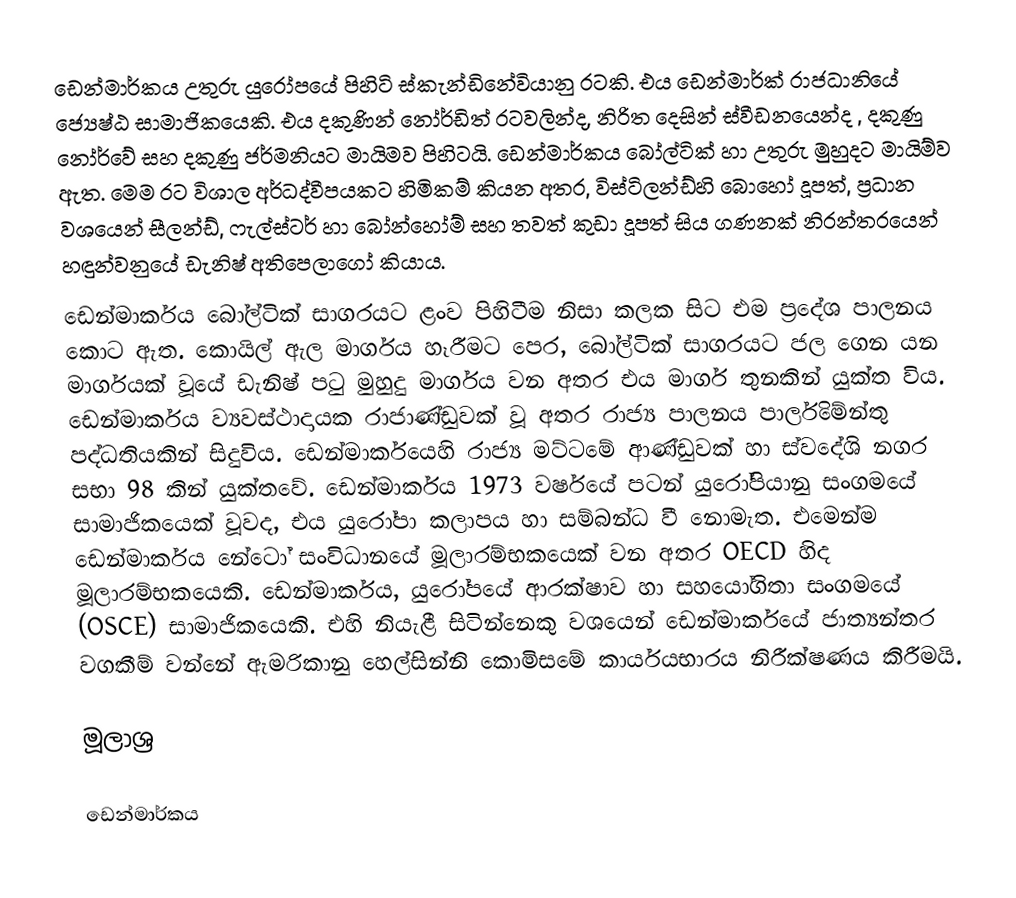
ඩෙන්මාර්කය උතුරු යුරෝපයේ පිහිටි ස්කැන්ඩිනේවියානු රටකි. එය ඩෙන්මාර්ක් රාජධානියේ ජ්‍යෙෂ්ඨ සාමාජිකයෙකි. එය දකුණින් නෝර්ඩිත් රටවලින්ද, නිරිත දෙසින් ස්වීඩනයෙන්ද , දකුණු නෝර්වේ සහ දකුණු ජර්මනියට මායිමව පිහිටයි. ඩෙන්මාර්කය බෝල්ටික් හා උතුරු මුහුදට මායිම්ව ඇත. මෙම රට විශාල අර්ධද්වීපයකට හිමිකම් කියන අතර, විස්ටිලන්ඩ්හි බොහෝ දූපත්, ප්‍රධාන වශයෙන් සීලන්ඩ්, ෆැල්ස්ටර් හා බෝන්හෝම් සහ තවත් කුඩා දූපත් සිය ගණනක් නිරන්තරයෙන් හඳුන්වනුයේ ඩැනිෂ් අතිපෙලාගෝ කියාය.
ඩෙන්මාර්කය බෝල්ටික් සාගරයට ළංව පිහිටීම නිසා කලක සිට එම ප්‍රදේශ පාලනය කොට ඇත. කොයිල් ඇල මාර්ගය හෑරීමට පෙර, බෝල්ටික් සාගරයට ජල ගෙන යන මාර්ගයක් වූයේ ඩැනිෂ් පටු මුහුදු මාර්ගය වන අතර එය මාර්ග තුනකින් යුක්ත විය. ඩෙන්මාර්කය ව්‍යවස්ථාදායක රාජාණ්ඩුවක් වූ අතර රාජ්‍ය පාලනය පාර්ලිමේන්තු පද්ධතියකින් සිදුවිය. ඩෙන්මාර්කයෙහි රාජ්‍ය මට්ටමේ ආණ්ඩුවක් හා ස්වදේශි නගර සභා 98 කින් යුක්තවේ. ඩෙන්මාර්කය 1973 වර්ෂයේ පටන් යුරෝපියානු සංගමයේ සාමාජිකයෙක් වූවද, එය යුරෝපා කලාපය හා සම්බන්ධ වී නොමැත. එමෙන්ම ඩෙන්මාර්කය නේටෝ සංවිධානයේ මූලාරම්භකයෙක් වන අතර OECD හිද මූලාරම්භකයෙකි. ඩෙන්මාර්කය, යුරෝපයේ ආරක්ෂාව හා සහයෝගිතා සංගමයේ (OSCE) සාමාජිකයෙකි. එහි නියැළී සිටින්නෙකු වශයෙන් ඩෙන්මාර්කයේ ජාත්‍යන්තර වගකීම් වන්නේ ඇමරිකානු හෙල්සින්නි කොමිසමේ කාර්යයභාරය නිරීක්ෂණය කිරීමයි.

මූලාශ්‍ර

ඩෙන්මාර්කය